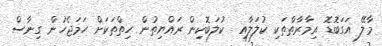
މާލޭ އަގަބޮޑޮ އިމާރާތްތަކި ކުލަލާއި  ކުލަބޮކިން ރައްޔިތުން ހިތްތަކަށް ހަމަޖެހުން ގިނާސް